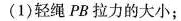
(1)轻绳 PB 拉力的大小；